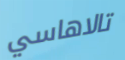
تالاهاسي